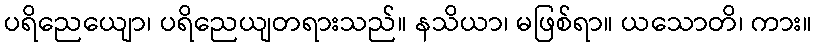
ပရိညေယျော၊ ပရိညေယျတရားသည်။ နသိယာ၊ မဖြစ်ရာ။ ယသောတိ၊ ကား။